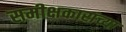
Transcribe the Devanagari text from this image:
समीक्षकारांच्या